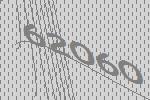
62060